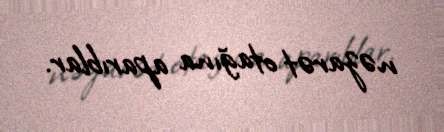
nəzarət otağına aparıblar.